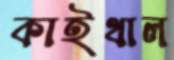
কাইথাল